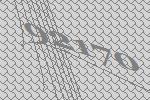
92170